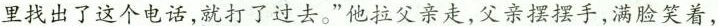
里找出了这个电话,就打了过去。”他拉父亲走,父亲摆摆手,满脸笑着，